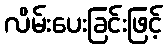
လိမ်းပေးခြင်းဖြင့်